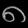
Digit: ၈